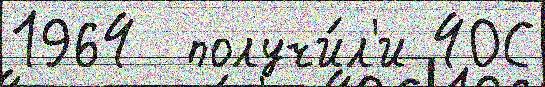
1964  получи́л'и 40С